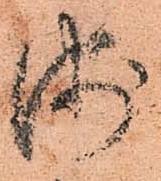
浦